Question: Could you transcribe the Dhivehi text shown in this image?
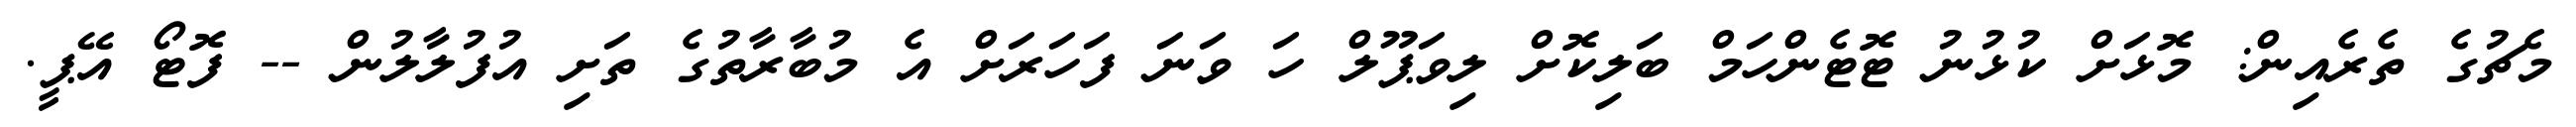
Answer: މެޗުގެ ތެރެއިން: މޮޅަށް ކުޅުނު ޓޮޓެންހަމް ބަލިކޮށް ލިވަޕޫލް ހަ ވަނަ ފަހަރަށް އެ މުބާރާތުގެ ތަށި އުފުލާލުން -- ފޮޓޯ އޭޕީ.